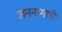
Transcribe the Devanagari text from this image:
जननांगाचे